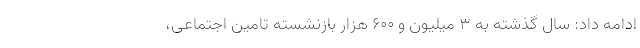
ادامه داد: سال گذشته به ۳ میلیون و ۶۰۰ هزار بازنشسته تامین اجتماعی،